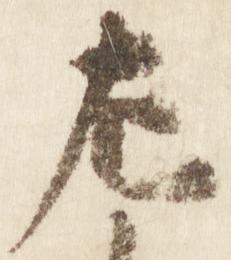
左